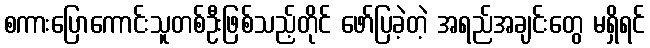
စကားပြောကောင်းသူတစ်ဦးဖြစ်သည့်တိုင် ဖော်ပြခဲ့တဲ့ အရည်အချင်းတွေ မရှိရင်